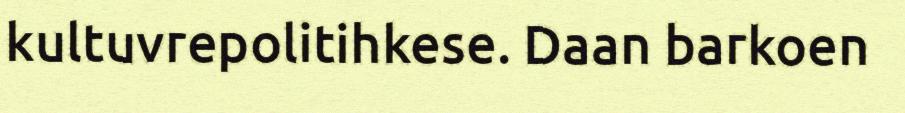
kultuvrepolitihkese. Daan barkoen